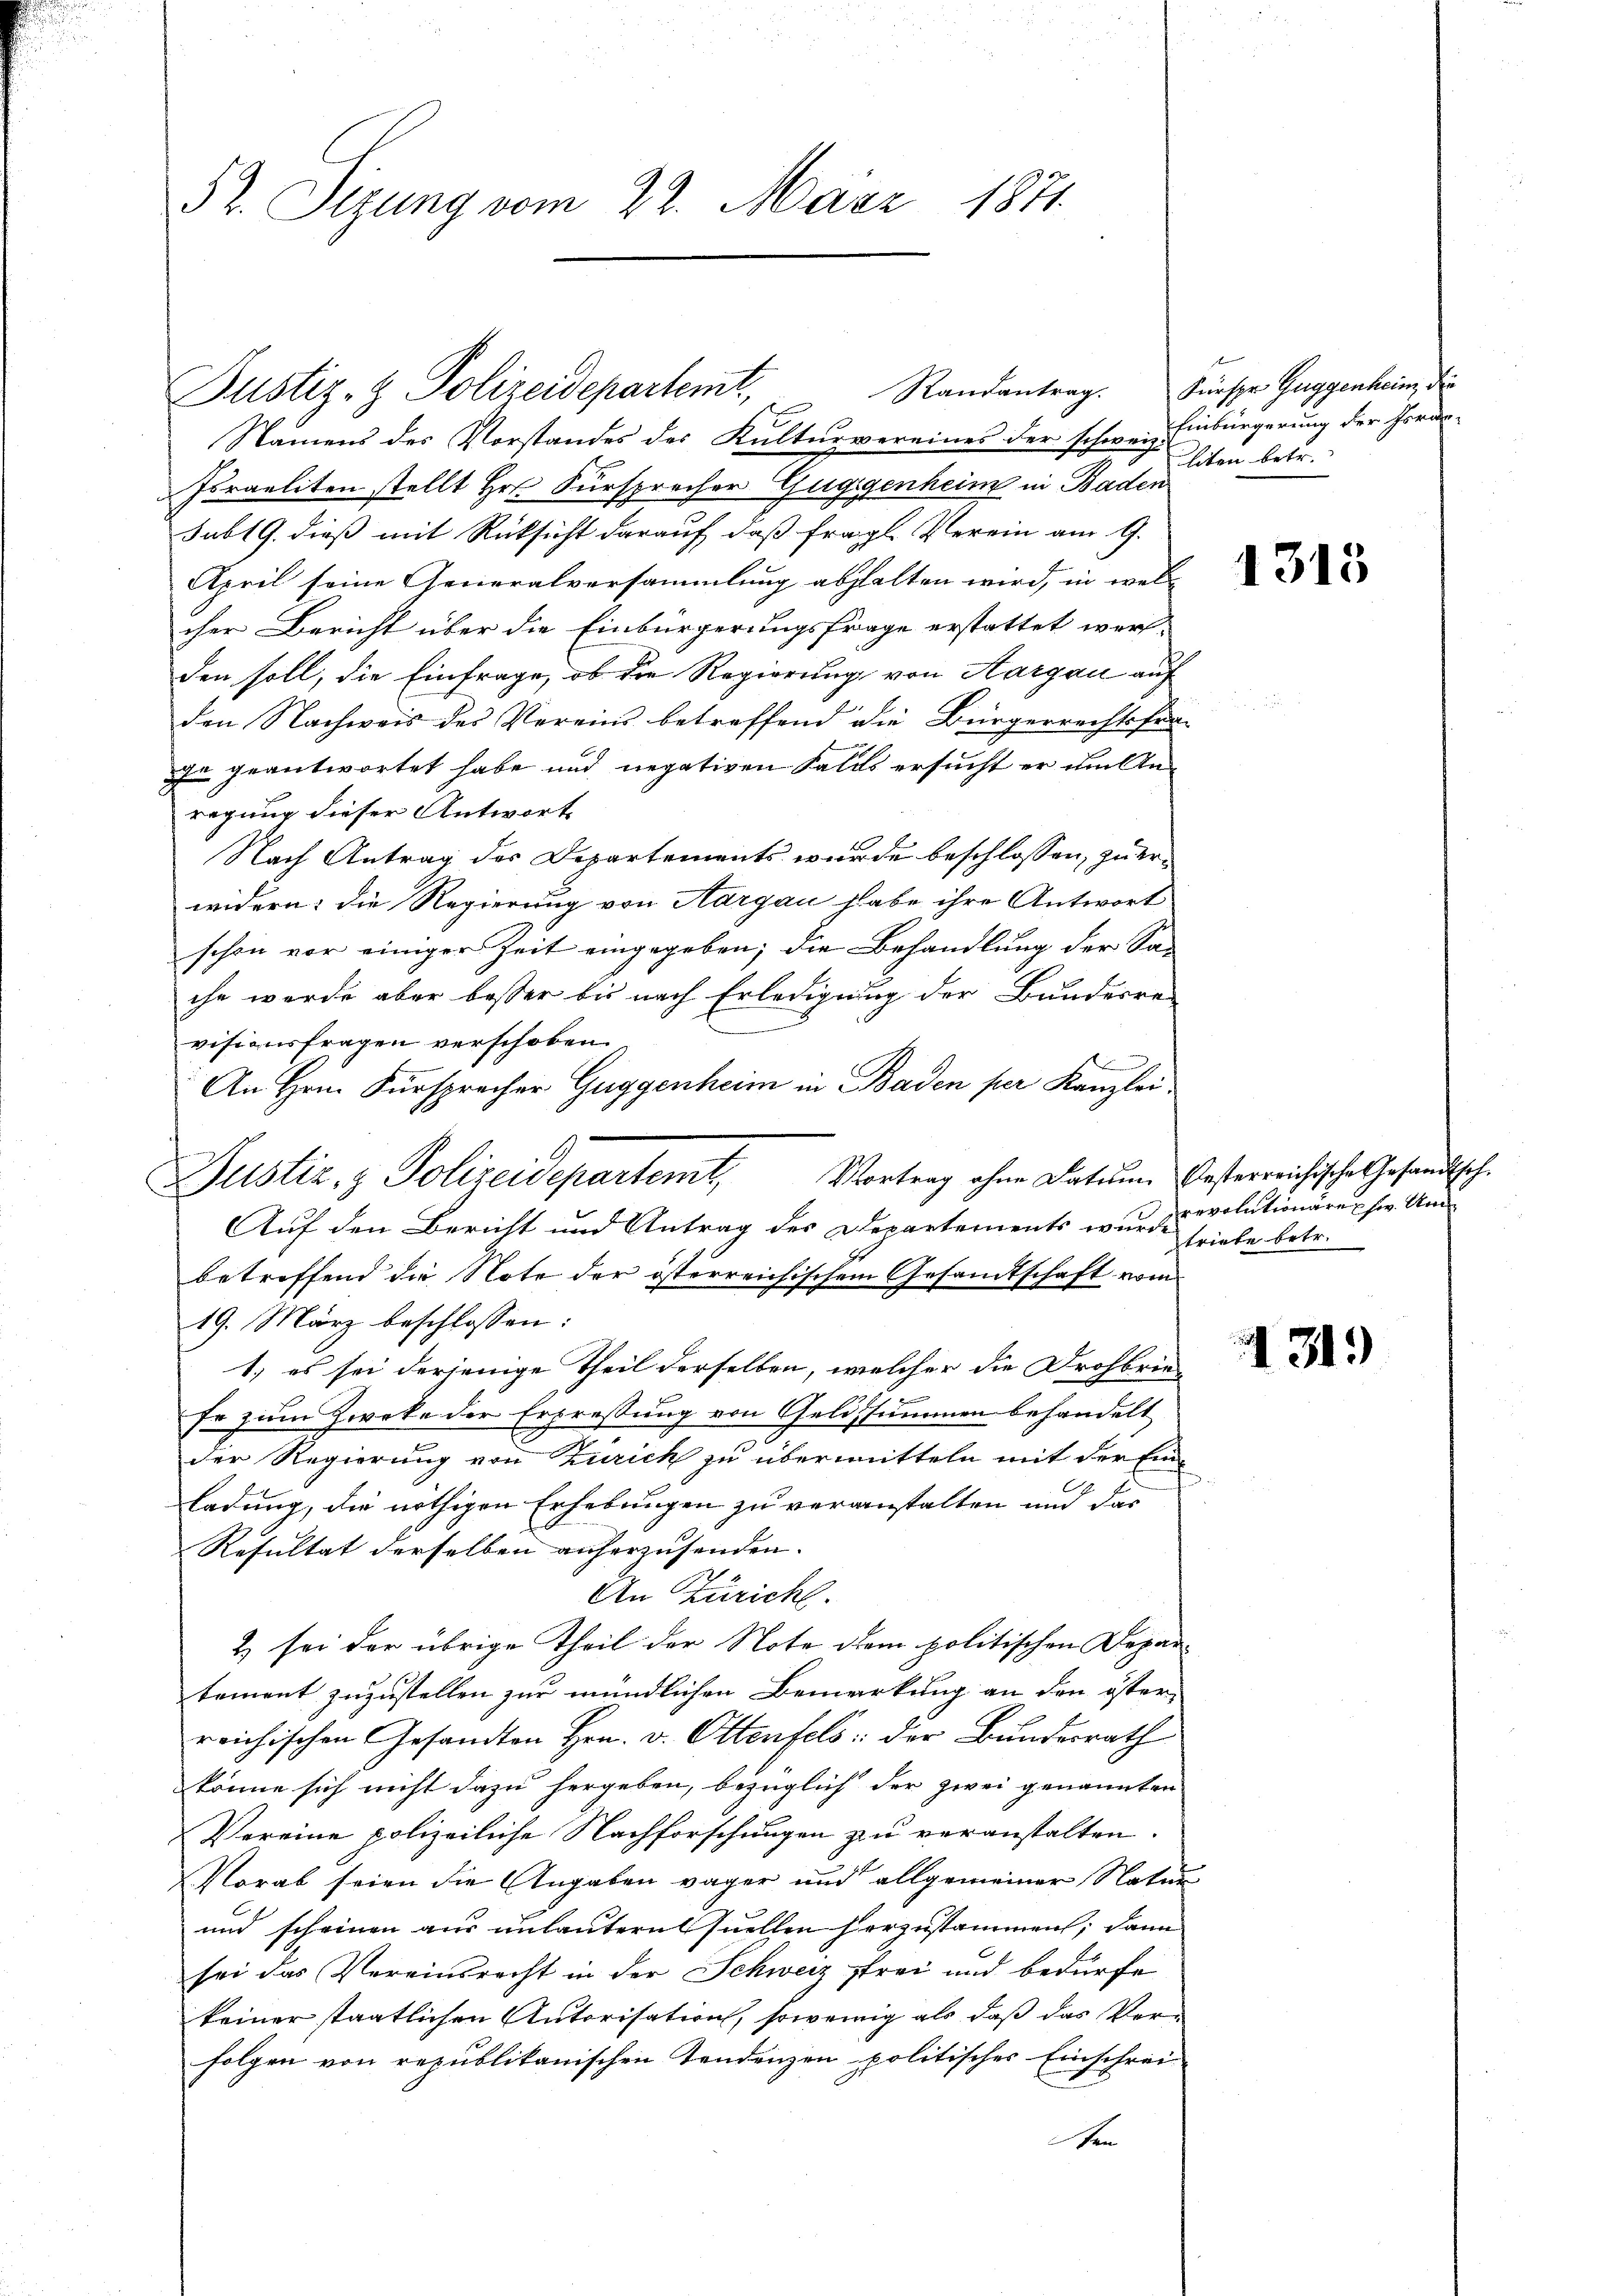
52. Sizung vom 22. März 1871

Randantrag.
Justiz- & Polizeidepartemt,

Namens des Vorstandes des Kulturvereines der schweiz. Einbürgerung der Horan¬
Israeliten stellt Hr. Fürsprecher Guggenheim in Baden
Subt G. dieß mit Rücksicht darauf, daß fragl. Verein am 9.
April seine Generalversammlung abhalten wird, in wel-
cher Bericht über die Einbürgerungsfrage erstattet werd
den soll, die Einfrage, ob die Regierung von Aargau auf
den Nachweis des Vereins betreffend die Bürgerrechtsfra-
ge geantwortet habe und negativen Falls ersucht er um Anregung dieser Antworte
Nach Antrag des Departements wurde beschlossen, zu erwidern; die Regierung von Aargau habe ihre Antwort
schon vor einiger Zeit eingegeben; die Behandlung der Sa-
che werde aber besser bis nach Erledigung der Bunderre
visionsfragen verschoben.
An Hrn. Fürsprecher Guggenheim in Baden per Kanzlei.
Auf den Bericht und Antrag des Departements wurde
betreffend die Note der österreichischem Gesandtschaft vom
19. März beschlossen:
1.) es sei derjenige Theil derselben, welcher die Drohbriefe zum Zweke der Erpressung von Geldssummen behandelt
der Regierung von Zürich zu übermitteln mit der Einladung, die nöthigen Erhebungen zu veranstalten und das
Resultat derselben anherzusenden. |
An Züricht.
2) sei der übrige Theil der Note dem politischen Departement zuzustellen zur mündlichen Bemerkung an den öster
reichischen Gesandten Hrn. v. Ottenfels: der Bundesrath
könne sich nicht dazu hergeben, bezüglich der zwei genannten
Vereine polizeiliche Nachforschungen zu veranstalten.
Vorab seien die Angaben vager und allgemeiner Natur
und scheinen aus unlautern Quellen herzustammen; dann
sei das Vereinsrecht in der Schweiz frei und bedürfe
keiner staatlichen Autorisation, sowenig als daß das Ver-
folgen von republikanischen Tendenzen politisches Einschrei-
ten

t
Justiz & Polizeidepartemt, Vortrag ohne Datum besterreichische Gesandtsche

Fürspr Guggenheim, die
liben betr.

1313

revolutionäre usw. Um
triebe betr.

31.)